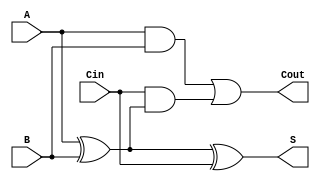
module full_adder (
    input wire A,    // First binary input
    input wire B,    // Second binary input
    input wire Cin,  // Carry-in input
    output wire S,   // Sum output
    output wire Cout // Carry-out output
);

// Compute the sum using XOR gates
assign S = A ^ B ^ Cin;

// Compute the carry-out using AND and OR gates
assign Cout = (A & B) | (Cin & (A ^ B));

endmodule